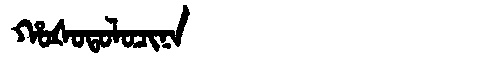
Manchu: ᡥᠣᡧᠣᡨᠣᠯᠣᠴᡳᠨᠠ
Romanization: HOŠOTOLOCINA